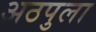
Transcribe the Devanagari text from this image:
अठपुला